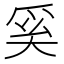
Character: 奚